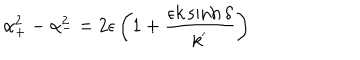
LaTeX: \alpha _ { + } ^ { 2 } - \alpha _ { - } ^ { 2 } = 2 \epsilon \left( 1 + \frac { \epsilon k \sinh \delta } { k ^ { ' } } \right)